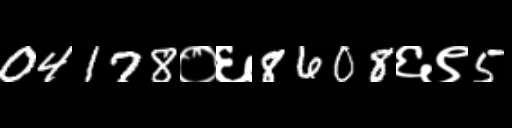
Text: 04178०६8608६९5